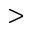
>